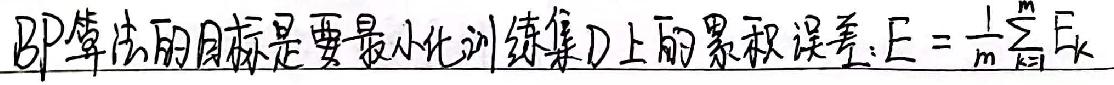
BP算法的目标是要最小化训练集D上的累积误差\(E=\frac{1}{2m}\sum_{k=1}^{m}{E_k}\)